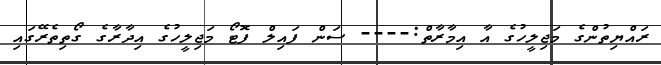
ރައްޔިތުންގެ މަޖިލީހުގެ އާ އިމާރާތް:---- ސަން ފައިލް ފޮޓޯ މަޖިލީހުގެ އިދާރާގެ ގޯތިތެރޭގައި